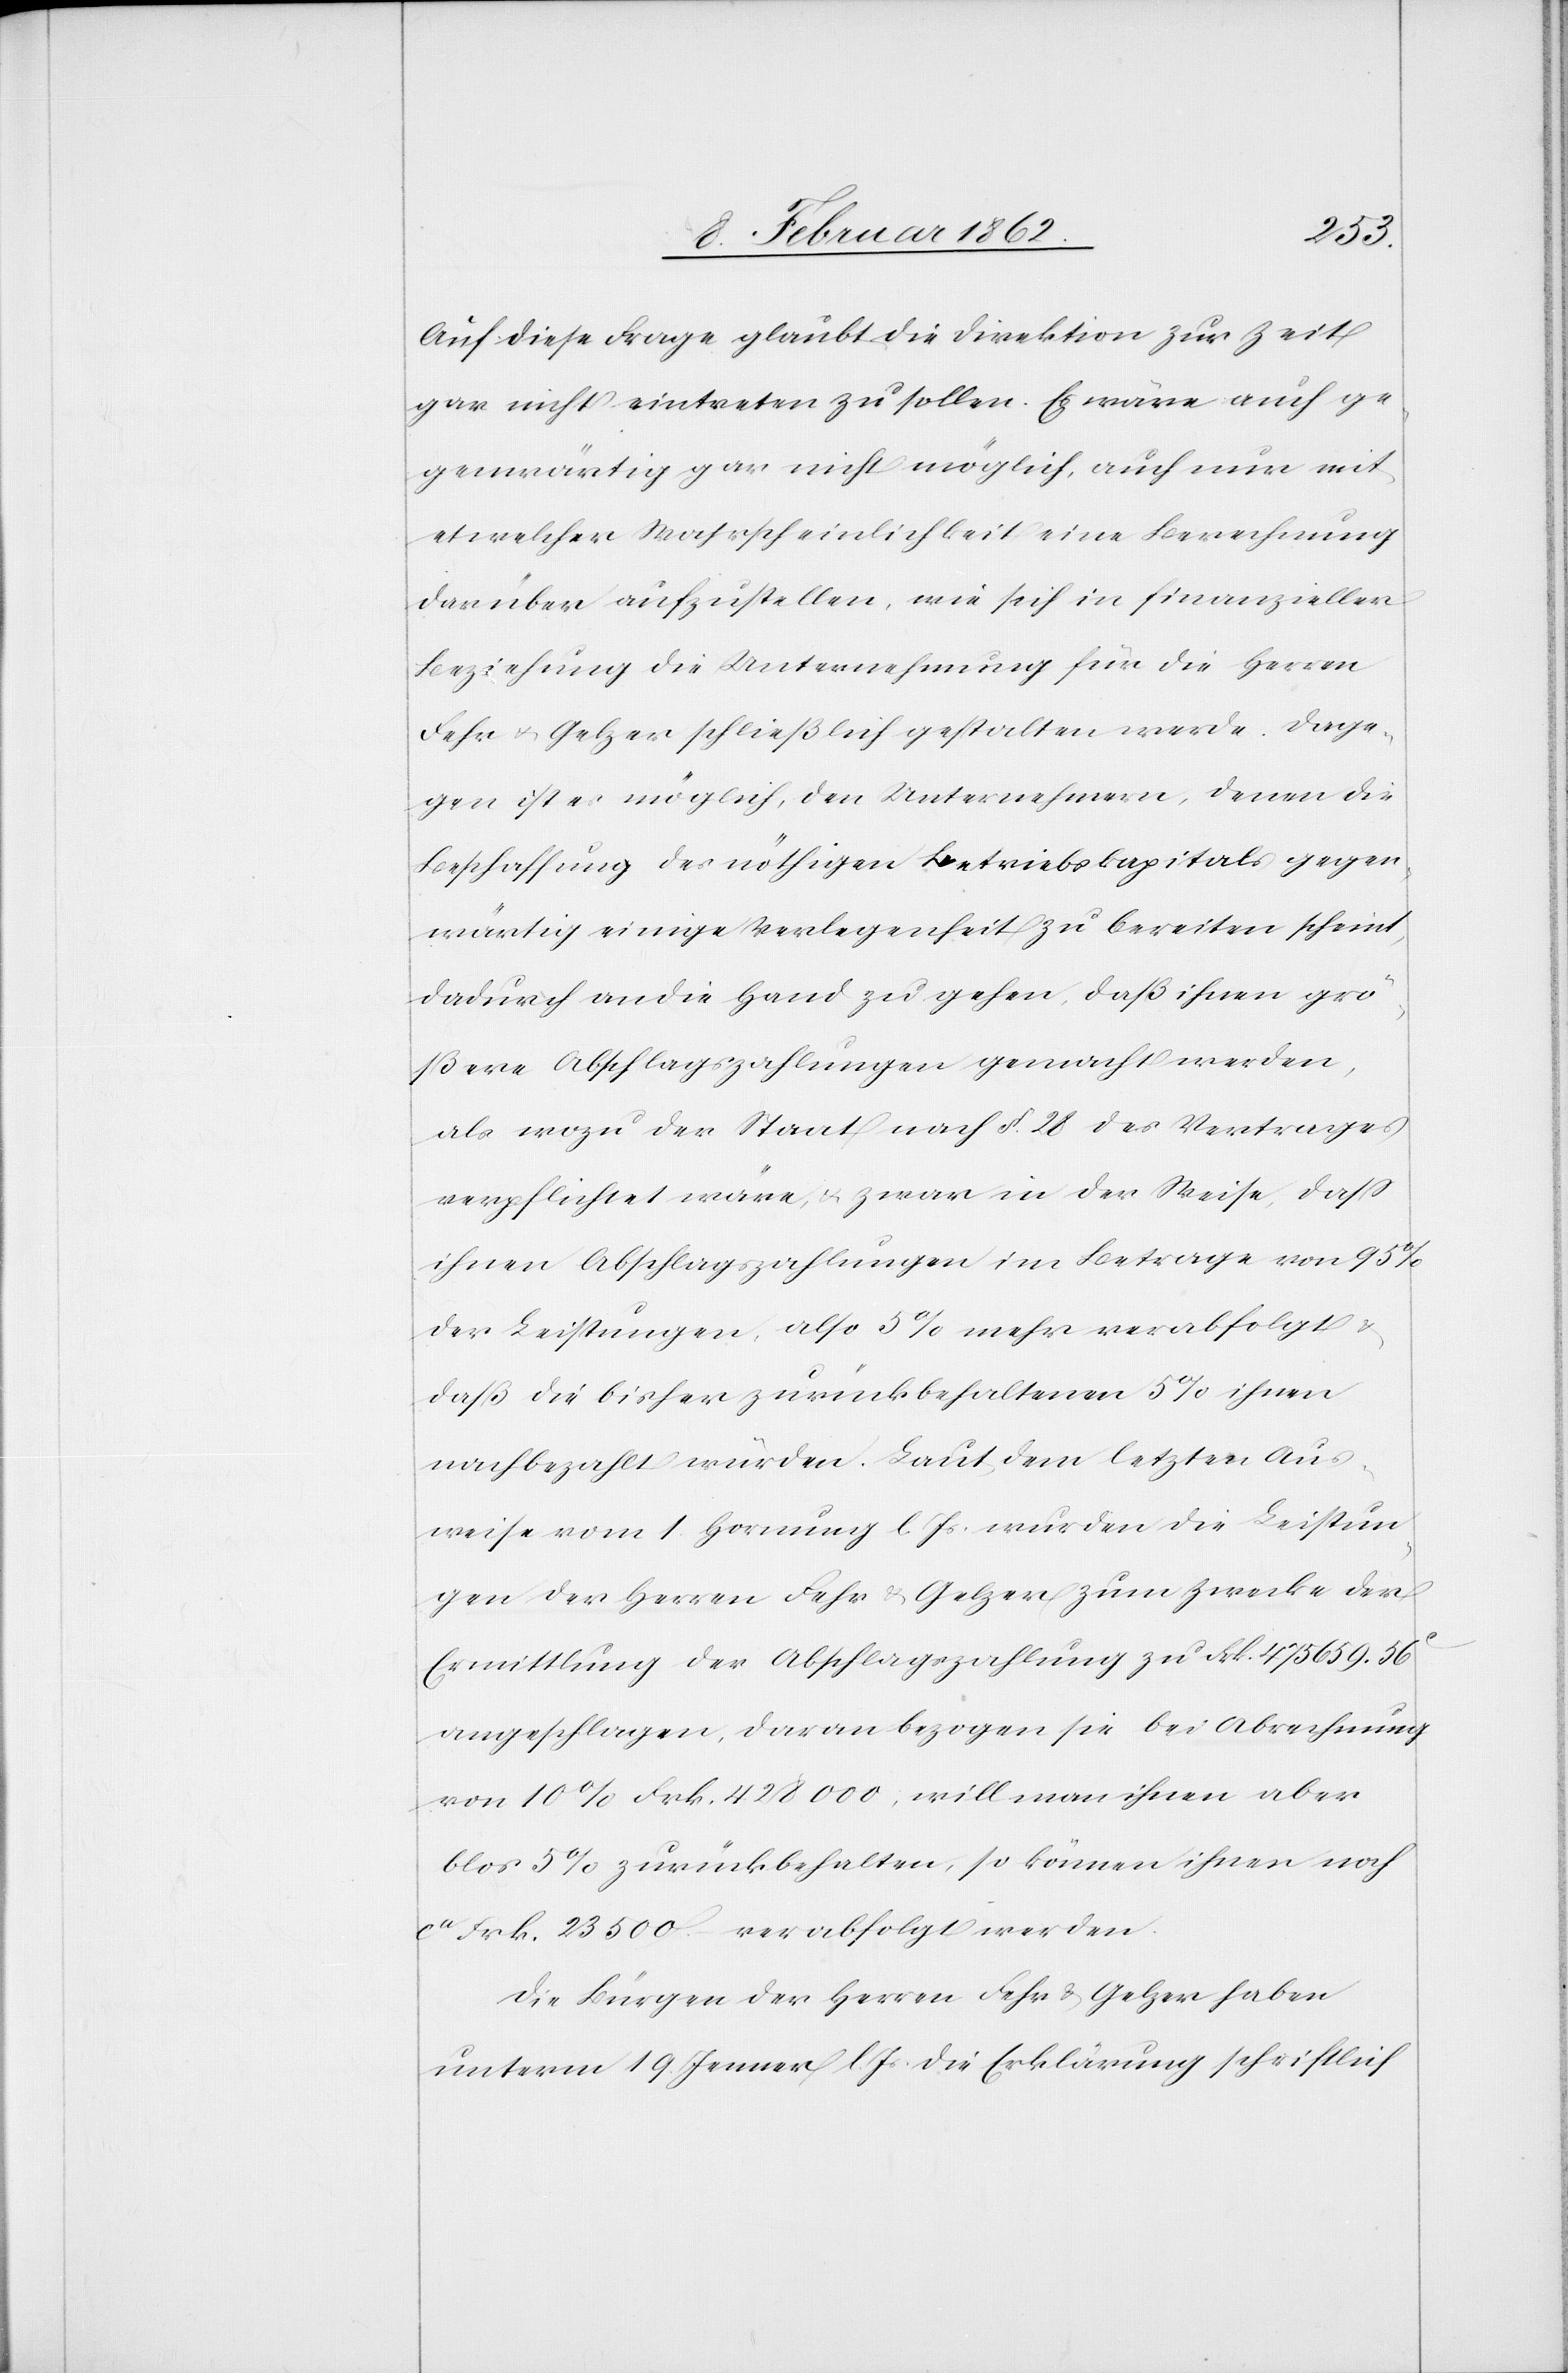
Auf diese Frage glaubt die Direktion zur Zeit
gar nicht eintreten zu sollen. Es wäre auch ge¬
genwärtig gar nicht möglich, auch nur mit
etwelcher Wahrscheinlichkeit eine Berechnung
darüber aufzustellen, wie sich in finanzieller
Beziehung die Unternehmung für die Herren
Fehr u. Gelzer schließlich gestalten werde. Dage¬
gen ist es möglich, den Unternehmern, denen die
Beschaffung des nöthigen Betriebskapitals gegen¬
wärtig einige Verlegenheit zu bereiten scheint,
dadurch an die Hand zu gehen, daß ihnen grö¬
ßere Abschlagszahlungen gemacht werden,
als wozu der Staat nach §. 28 des Vertrages
verpflichtet wäre, u. zwar in der Weise, daß
ihnen Abschlagszahlungen im Betrage von 95%
der Leistungen, also 5% mehr verabfolgt
daß die bisher zurückbehaltenen 5% ihnen
nachbezahlt würden. Laut dem letzten Aus¬
weise vom 1 Hornung l Js. wurden die Leistun¬
gen der Herren Fehr & Gelzer zum Zwecke der
Ermittlung der Abschlagszahlung zu Frk. 475 659.56c
angeschlagen, daran bezogen sie bei Abrechnung
von 10% Frk. 428 000, will man ihnen aber
blos 5% zurückbehalten, so können ihnen noch
ca Frk. 23 500 verabfolgt werden.
Die Bürgen der Herren Fehr & Gelzer haben
unterm 19. Jenner l Js die Erklärung schriftlich